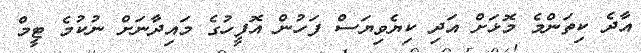
އާދެ ކިތަންމެ މޮޅަށް އަދި ކިޔެވިޔަސް ފަހުން އޮފީހުގެ މައިދާނަށް ނުކުމެ ޓީމް